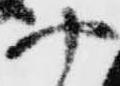
や